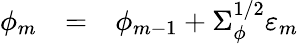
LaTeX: \begin{array}{rcl}{\phi_{m}}&{=}&{\phi_{m-1}+\Sigma_{\phi}^{1/2}\varepsilon_{m}}\end{array}